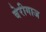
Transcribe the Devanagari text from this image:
बेरीगाज